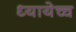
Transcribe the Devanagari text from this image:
ध्यायेच्च